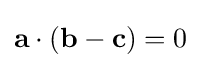
\mathbf {a} \cdot (\mathbf {b} -\mathbf {c} )=0